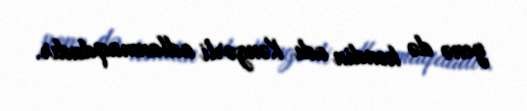
yenə də kəndin adı Kəngərli adlanmaqdadır.